Regulations for the medical services of the Army of India
Year: 1930
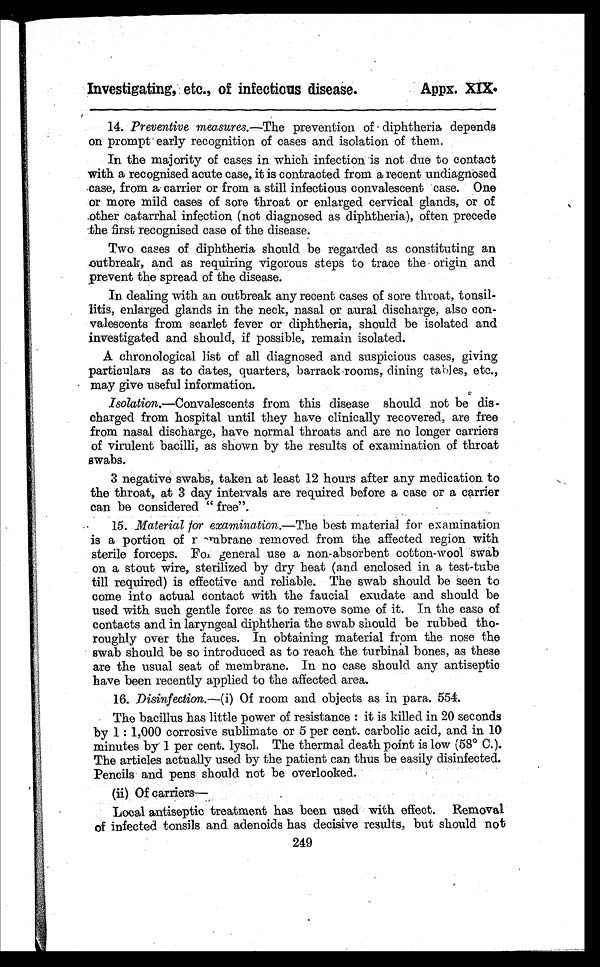
Investigating, etc., of infectious disease.
Appx. XIX.
14. Preventive measures.—The prevention of diphtheria depends
on prompt early recognition of cases and isolation of them.
In the majority of cases in which infection is not due to contact
with a recognised acute case, it is contracted from a recent undiagnosed
case, from a carrier or from a still infectious convalescent case. One
or more mild cases of sore throat or enlarged cervical glands, or of
other catarrhal infection (not diagnosed as diphtheria), often precede
the first recognised case of the disease.
Two cases of diphtheria should be regarded as constituting an
outbreak, and as requiring vigorous steps to trace the origin and
prevent the spread of the disease.
In dealing with an outbreak any recent cases of sore throat, tonsil-
litis, enlarged glands in the neck, nasal or aural discharge, also con-
valescents from scarlet fever or diphtheria, should be isolated and
investigated and should, if possible, remain isolated.
A chronological list of all diagnosed and suspicious cases, giving
particulars as to dates, quarters, barrack-rooms, dining tables, etc.,
may give useful information.
Isolation.—Convalescents from this disease should not be dis-
charged from hospital until they have clinically recovered, are free
from nasal discharge, have normal throats and are no longer carriers
of virulent bacilli, as shown by the results of examination of throat
swabs.
3 negative swabs, taken at least 12 hours after any medication to
the throat, at 3 day intervals are required before a case or a carrier
can be considered " free".
15. Material for examination.— The best material for examination
is a portion of rmbrane removed from the affected region with
st eri l e forceps. For, general use a non-absorbent cot t on-wool swab
on a stout wire, sterilized by dry heat (and enclosed in a test-tube
till required) is effective and reliable. The swab should be seen to
come into actual contact with the faucial exudate and should be
used with such gentle force as to remove some of it. In the case of
contacts and in laryngeal diphtheria the swab should be rubbed tho-
roughly over the fauces. In obtaining material from the nose the
swab should be so introduced as to reach the turbinal bones, as these
are the usual seat of membrane. In no case should any antiseptic
have been recently applied to the affected area.
16. Disinfection.—(i) Of room and objects as in para. 554.
The bacillus has little power of resistance : it is killed in 20 seconds
by 1 : 1,000 corrosive sublimate or 5 per cent. carbolic acid, and in 10
minutes by1 per cent. lysol. The thermal death point is low (58° C.).
The articles actually used by the patient can thus be easily disinfected.
Pencils and pens should not be overlooked.
(ii) Of carriers
—
Local antiseptic treatment has been used with effect. Removal
of infected tonsils and adenoids has decisive results, but should not
249